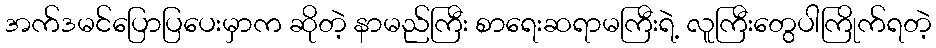
အက်ဒမင်ပြောပြပေးမှာက ဆိုတဲ့ နာမည်ကြီး စာရေးဆရာမကြီးရဲ့ လူကြီးတွေပါကြိုက်ရတဲ့